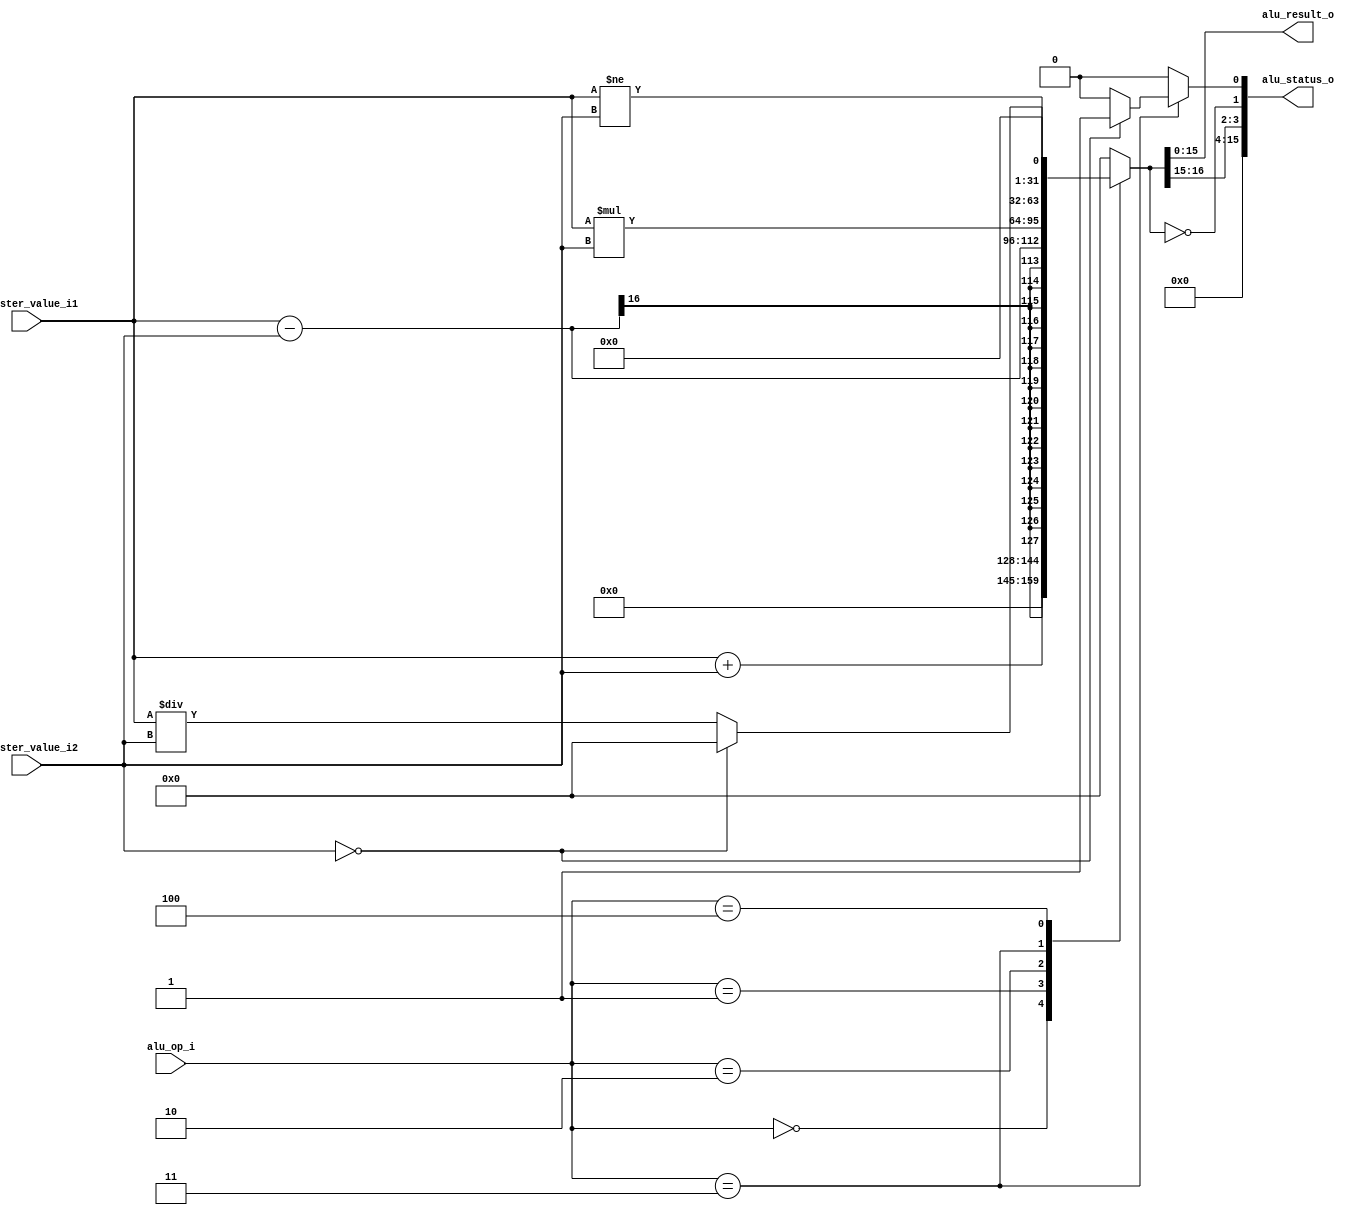
//-----------------------------------------------------------------------------
// Creation time : 14:44:52
// Description   : 
// Tool : Kactus2 3.4.79 32-bit
// Plugin : Verilog generator 2.0d
// This file was generated based on IP-XACT component tut.fi:core:alu:1.0
// whose XML file is D:/kactus2Repos/ipxactexamplelib/tut.fi/core/alu/1.0/alu.1.0.xml
//-----------------------------------------------------------------------------

module alu #(
    parameter                              DATA_WIDTH       = 16,    // Width for data in registers and instructions.
    parameter                              ALU_OP_WIDTH     = 3    // Bits reserved for identification of alu operation
) (
    // Interface: cpu_system
    input          [ALU_OP_WIDTH-1:0]   alu_op_i,
    input          [DATA_WIDTH-1:0]     register_value_i1,
    input          [DATA_WIDTH-1:0]     register_value_i2,
    output reg     [DATA_WIDTH-1:0]     alu_result_o,
    output reg     [DATA_WIDTH-1:0]     alu_status_o
);

// WARNING: EVERYTHING ON AND ABOVE THIS LINE MAY BE OVERWRITTEN BY KACTUS2!!!
    // The available states.
    parameter [ALU_OP_WIDTH-1:0]
        OP_PLUS         = 3'b000, 
        OP_MINUS        = 3'b001, 
        OP_MUL          = 3'b010, 
        OP_DIV          = 3'b011, 
        OP_CMP          = 3'b100;
        
    parameter [1:0]
        C_OUT           = 2'd3, 
        NEGATIVE        = 2'd2,
        ZERO                = 2'd1, 
        DIV_ZERO        = 2'd0;
        
    reg [DATA_WIDTH*2-1:0] operation_result;
    integer div_zero;
        
    always @* begin
        div_zero = 0;
    
        case(alu_op_i)
            OP_PLUS: operation_result <= register_value_i1 + register_value_i2;
            OP_MINUS: operation_result <= register_value_i1 - register_value_i2;
            OP_MUL: operation_result <= register_value_i1 * register_value_i2;
            OP_DIV: begin
                if (register_value_i2 == 0) begin
                    operation_result <= 0;
                    div_zero = 1;
                end
                else begin
                    operation_result <= register_value_i1 / register_value_i2;
                end
            end
            OP_CMP : operation_result <= register_value_i1 != register_value_i2;
            default: begin
                $display("ERROR: Unknown ALU operation: %d", alu_op_i);
                operation_result <= 0;
            end
        endcase
        
        alu_result_o <= operation_result;
        
        alu_status_o[DATA_WIDTH-1:C_OUT+1] = 0;
        alu_status_o[C_OUT] = operation_result[DATA_WIDTH];
        alu_status_o[NEGATIVE] = operation_result[DATA_WIDTH-1];
        alu_status_o[ZERO] = (operation_result == 0);
        alu_status_o[DIV_ZERO] = div_zero;
    end
endmodule